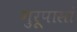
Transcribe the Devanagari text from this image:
गुरूपासां